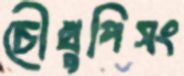
চৌখুপিসং